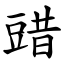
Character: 䜺